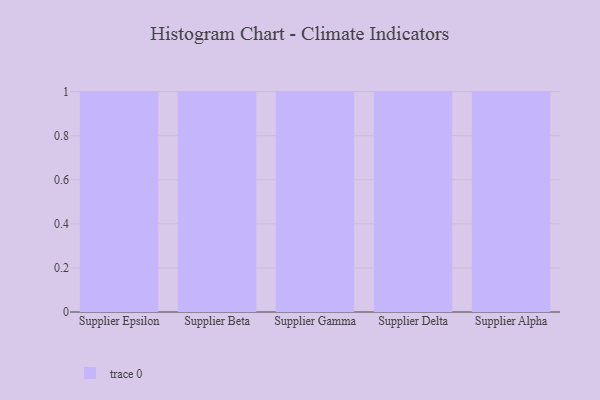
{"axis": {"x": "Supplier", "y": "Humidity (%)"}, "legend": [""], "data": [{"x": "Supplier Epsilon", "y": 36, "type": ""}, {"x": "Supplier Beta", "y": 90, "type": ""}, {"x": "Supplier Gamma", "y": 6, "type": ""}, {"x": "Supplier Delta", "y": 88, "type": ""}, {"x": "Supplier Alpha", "y": 60, "type": ""}]}